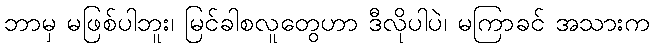
ဘာမှ မဖြစ်ပါဘူး၊ မြင်ခါစလူတွေဟာ ဒီလိုပါပဲ၊ မကြာခင် အသားက